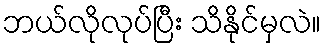
ဘယ်လိုလုပ်ပြီး သိနိုင်မှလဲ။